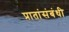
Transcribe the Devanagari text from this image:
प्रातांसंबंधी